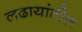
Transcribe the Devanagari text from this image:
लढायांतील